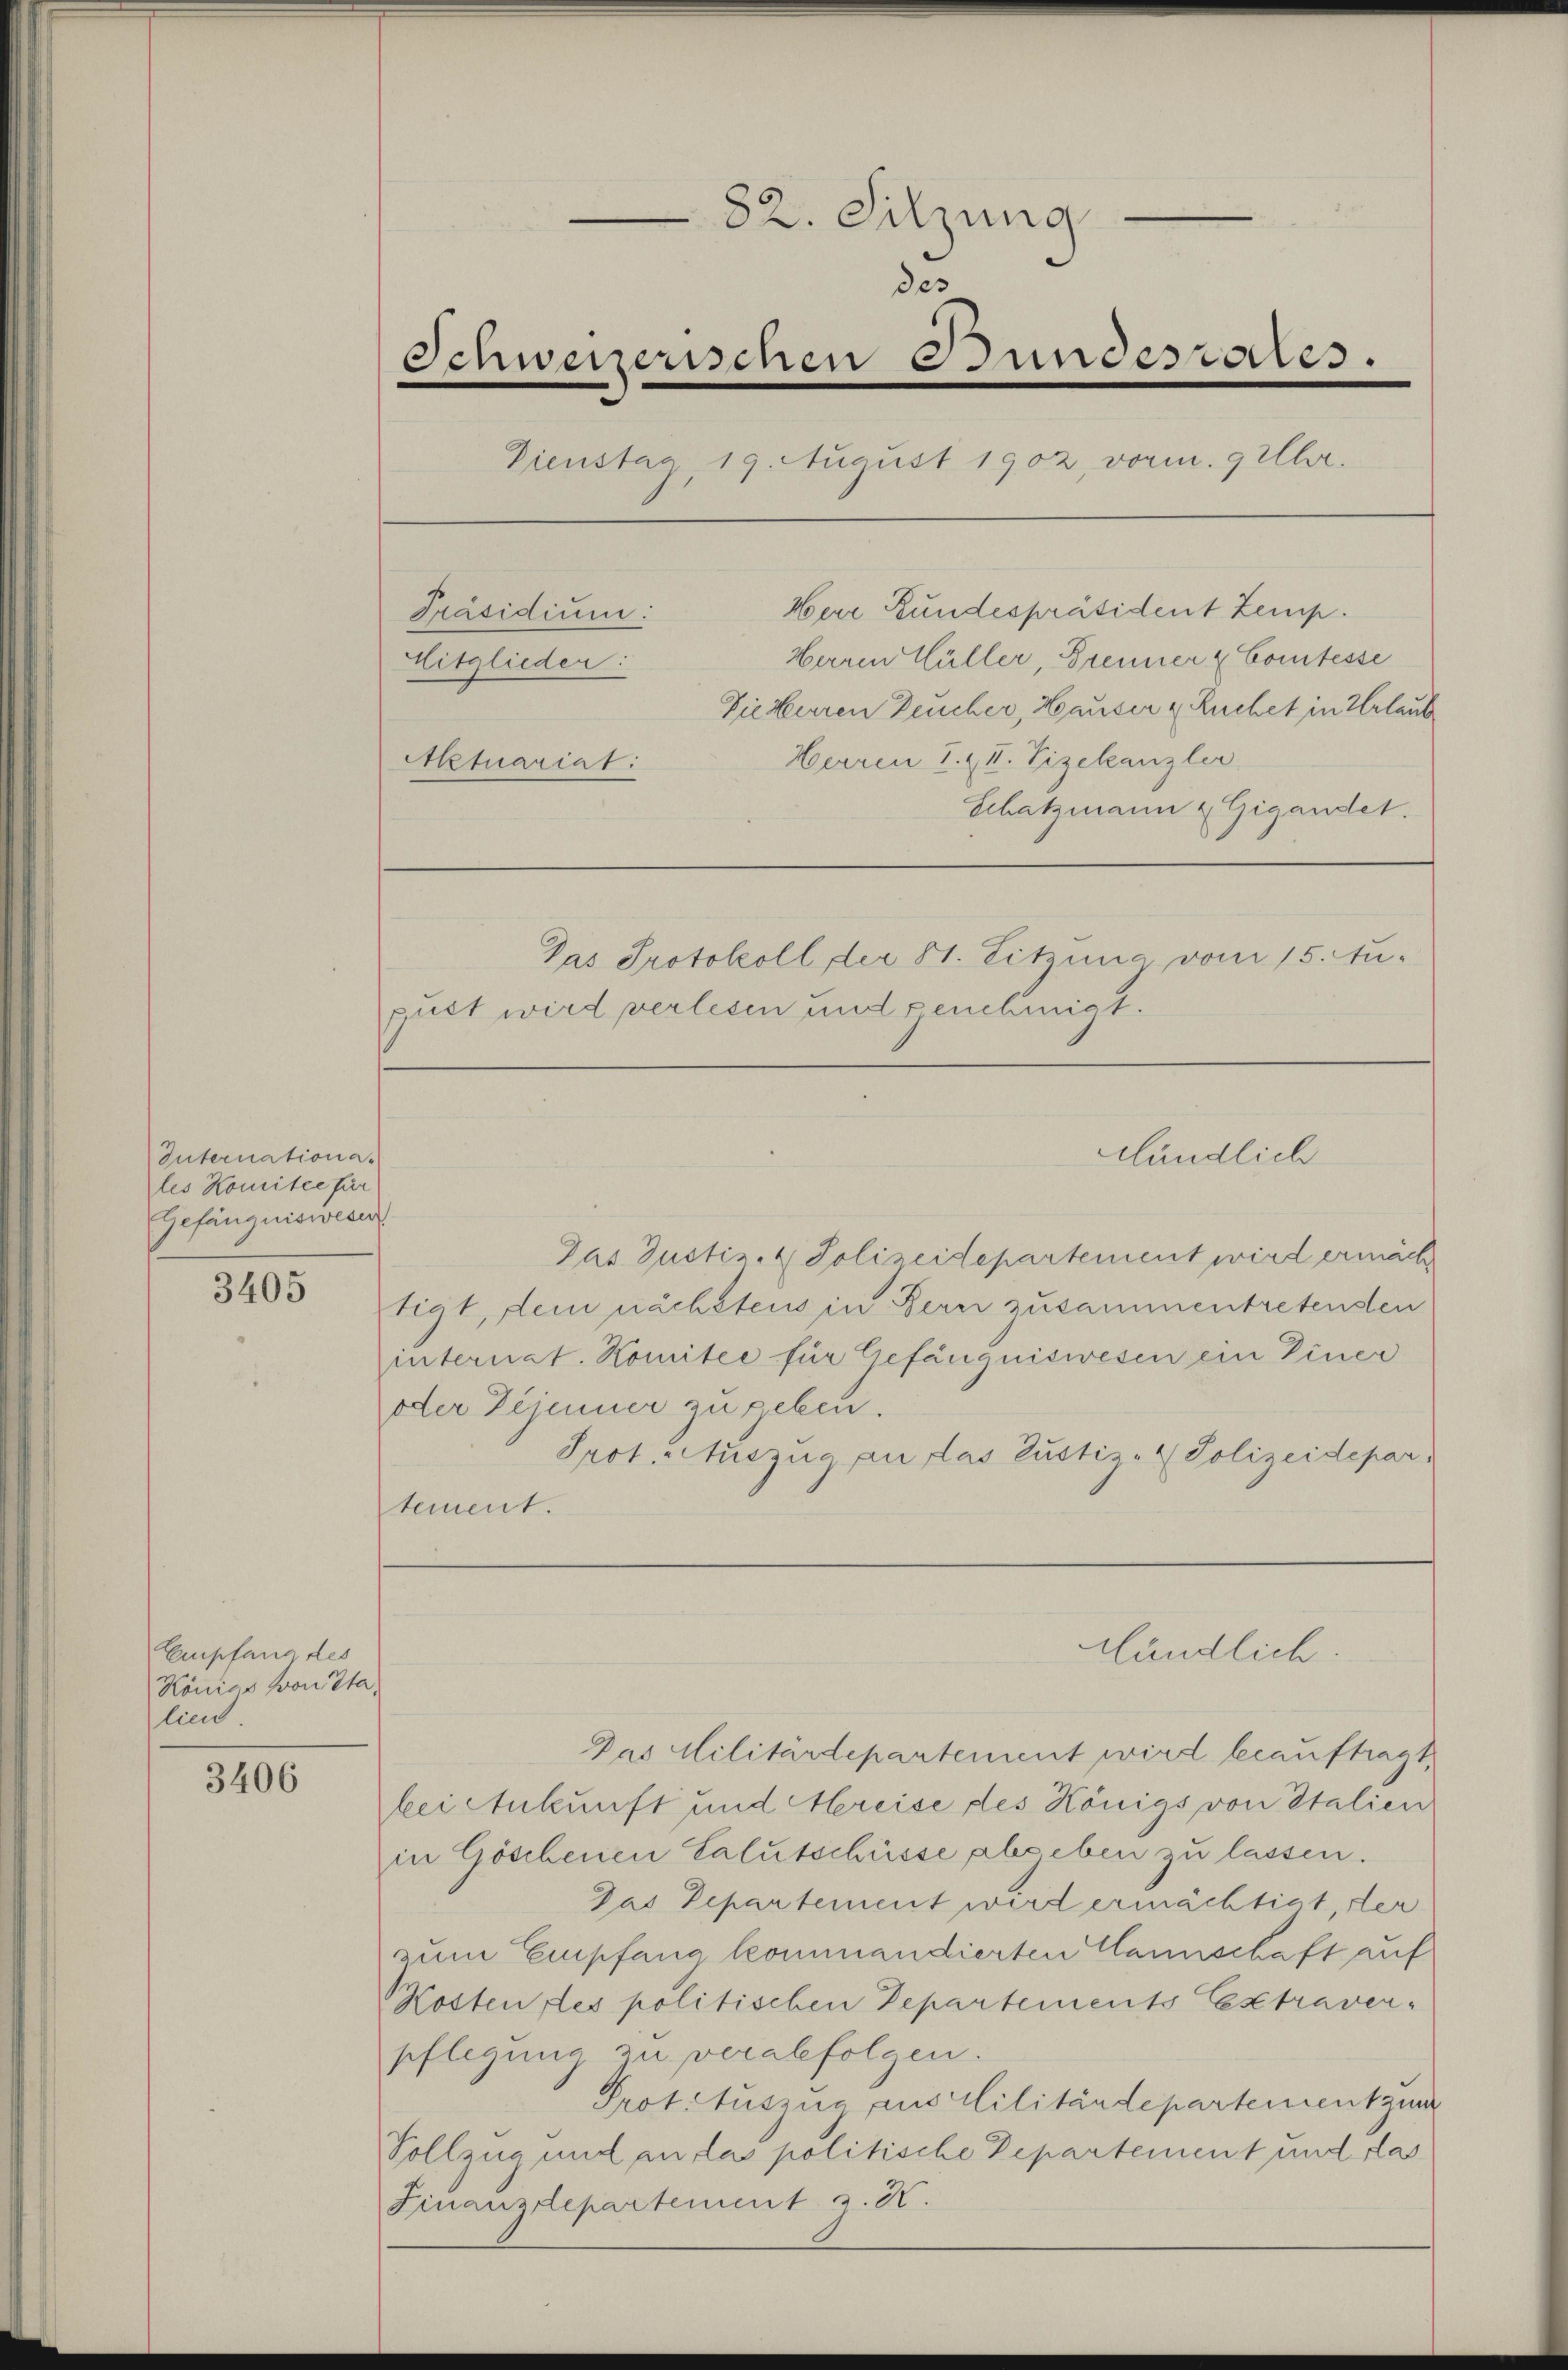
Internationa-
les Komitee für
Gefängniswesen

3405

Empfang des
Königs von Sta
lind

3406

82. Sitzung
des
Schweizerischen Bundesrates.
Dienstag, 19. August 1902, vorm. 9 Uhr.
Herr Bundespräsident Zemp.
Präsidium:
Herren Hüller, Brenner & Comtesse
Mitglieder:
Die Herren Deucher, Hauser u. Ruchet in Urlaub
Herren I. & II. Vizekanzler
Aktuariat:
Schatzmann & Gigandet.
Das Protokoll der 81. Sitzung vom 15. Au-
guet wird verlesen und genehmigt.

Das Justiz- & Polizeidepartement wird ermäch
tigt, dem nächstens in Bern zusammentretenden
internat. Komitee für Gefängniswesen ein Einer
oder Déjenner zu geben.
Prot. Auszug an das Justiz-Polizeidepartement.

Das Militärdepartement wird beauftragt,
bei Ankunft und Hereise des Königs von Italien
in Göschenen Salutschüsse abgeben zu lassen.
Das Departement wird ermächtigt, der
zum Empfang kommandierten Hannschaft auf
Kosten des politischen Departements Extraverpflegung zu verabfolgen.
Prot. Auszug aus Militärdepartement zur
Vollzug und an das politische Departement und das
Finanzdepartement a. X.

Hländlich

Kundlich.